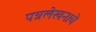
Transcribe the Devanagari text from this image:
पत्रलेखनाचे